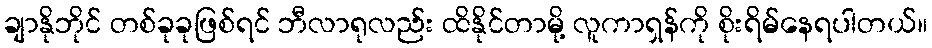
ချာနိုဘိုင် တစ်ခုခုဖြစ်ရင် ဘီလာရုလည်း ထိနိုင်တာမို့ လူကာရှန်ကို စိုးရိမ်နေရပါတယ်။